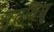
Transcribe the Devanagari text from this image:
मृतशिशु